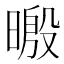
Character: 𣉥